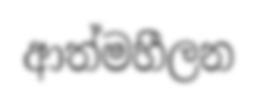
ආත්මහීලන